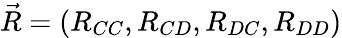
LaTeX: \vec{R}=(R_{CC},R_{CD},R_{DC},R_{DD})